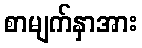
စာမျက်နှာအား